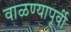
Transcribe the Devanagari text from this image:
वाळण्यापूर्वी